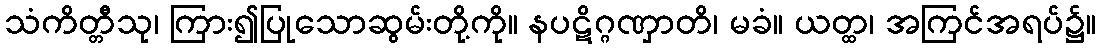
သံကိတ္တီသု၊ ကြား၍ပြုသောဆွမ်းတို့ကို။ နပဋိဂ္ဂဏှာတိ၊ မခံ။ ယတ္ထ၊ အကြင်အရပ်၌။